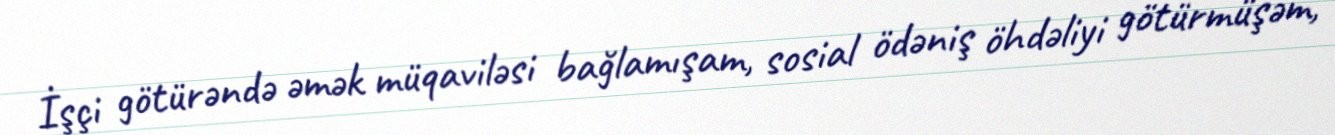
İşçi götürəndə əmək müqaviləsi bağlamışam, sosial ödəniş öhdəliyi götürmüşəm,